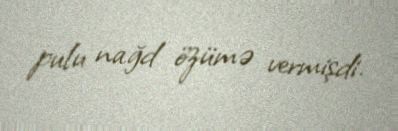
pulu nağd özümə vermişdi.